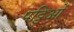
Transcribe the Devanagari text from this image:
पट्टिओं